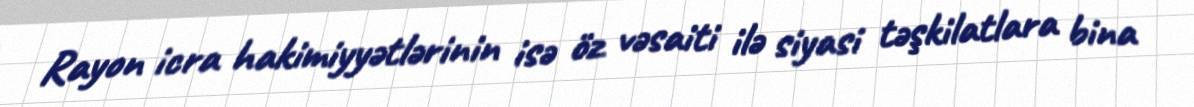
Rayon icra hakimiyyətlərinin isə öz vəsaiti ilə siyasi təşkilatlara bina